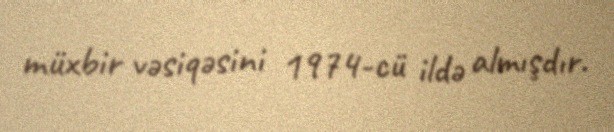
müxbir vəsiqəsini 1974-cü ildə almışdır.